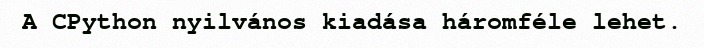
A CPython nyilvános kiadása háromféle lehet.